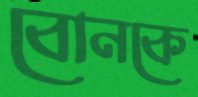
বোনকে